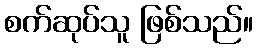
စက်ဆုပ်သူ ဖြစ်သည်။